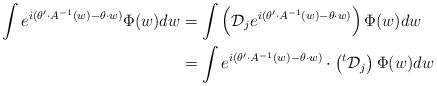
LaTeX: \begin{align*}\int e^{i(\theta' \cdot A^{-1}(w)-\theta\cdot w)} \Phi(w) dw&=\int \left(\mathcal{D}_je^{i(\theta' \cdot A^{-1}(w)-\theta\cdot w)}\right)\Phi(w) dw \\&= \int e^{i(\theta' \cdot A^{-1}(w)-\theta\cdot w)}\cdot \left({}^t\mathcal{D}_j\right)\Phi(w) dw\end{align*}